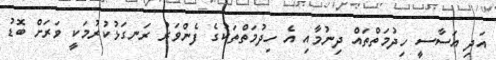
އަދި އަސާސީ ހިދުމަތްތައް ދިނުމާއި އެ ހިދުމަތްތަކުގެ ފެންވަރު ރަނގަޅުކުރުމަކީ ވަރަށް ބޮޑު